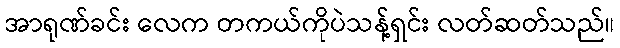
အာရုဏ်ခင်း လေက တကယ်ကိုပဲသန့်ရှင်း လတ်ဆတ်သည်။